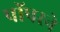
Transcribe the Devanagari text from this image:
पॉपरने